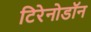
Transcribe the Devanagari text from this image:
टिरेनोडॉन